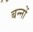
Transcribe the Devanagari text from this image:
बन्नों